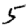
Digit: 5